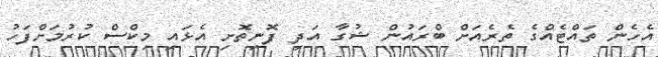
އެހެން ތައްޓެއްގެ ތެރެއަށް ބްރައުން ޝުގާ އަދި ފޮނިތޮށި އެޅައި މިކްސް ކުރުމަށްފަހު